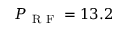
P _ { \mathrm { ~ R ~ F ~ } } = 1 3 . 2